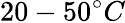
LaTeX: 20-50^{\circ}C